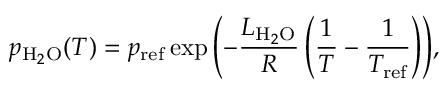
p _ { \mathrm { H } _ { 2 } \mathrm { O } } ( T ) = p _ { \mathrm { r e f } } \exp { \left( - \frac { L _ { \mathrm { H } _ { 2 } \mathrm { O } } } { R } \left( \frac { 1 } { T } - \frac { 1 } { T _ { \mathrm { r e f } } } \right) \right) } ,